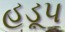
હડૂપ